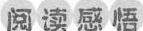
阅读感悟